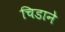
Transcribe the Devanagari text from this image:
चिडाने